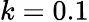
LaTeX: k=0.1